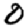
Digit: 0